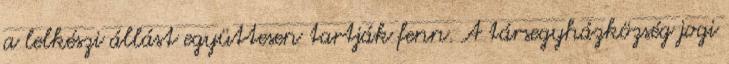
a lelkészi állást együttesen tartják fenn. A társegyházközség jogi